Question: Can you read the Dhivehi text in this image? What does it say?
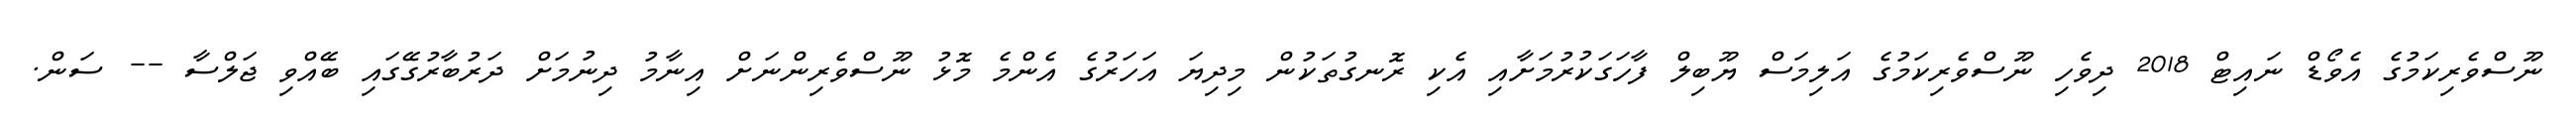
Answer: ނޫސްވެރިކަމުގެ އެވޯޑް ނައިޓް 2018 ދިވެހި ނޫސްވެރިކަމުގެ އަލިމަސް ޔޫބިލް ފާހަގަކުރުމަށާއި އެކި ރޮނގުތަކުން މިދިޔަ އަހަރުގެ އެންމެ މޮޅު ނޫސްވެރިންނަށް އިނާމު ދިނުމަށް ދަރުބާރުގޭގައި ބޭއްވި ޖަލްސާ -- ސަން.